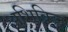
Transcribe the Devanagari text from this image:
अभिव्रिद्ध